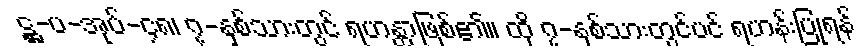
ဋ္ဌ-ပ-အုပ်-၄၈၊ ၇-နှစ်သားတွင် ရဟန္တာဖြစ်၏။ ထို ၇-နှစ်သားတွင်ပင် ရဟန်းပြုရန်